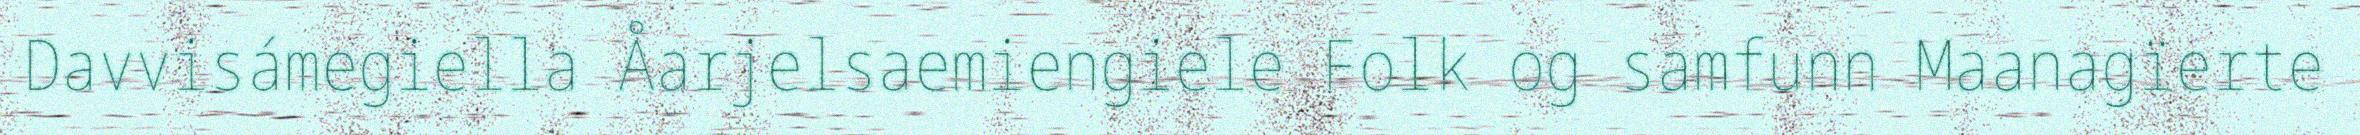
Davvisámegiella Åarjelsaemiengiele Folk og samfunn Maanagïerte